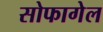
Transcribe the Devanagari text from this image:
सोफागेल